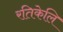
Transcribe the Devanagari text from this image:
रतिकेलि